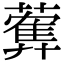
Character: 𦿠